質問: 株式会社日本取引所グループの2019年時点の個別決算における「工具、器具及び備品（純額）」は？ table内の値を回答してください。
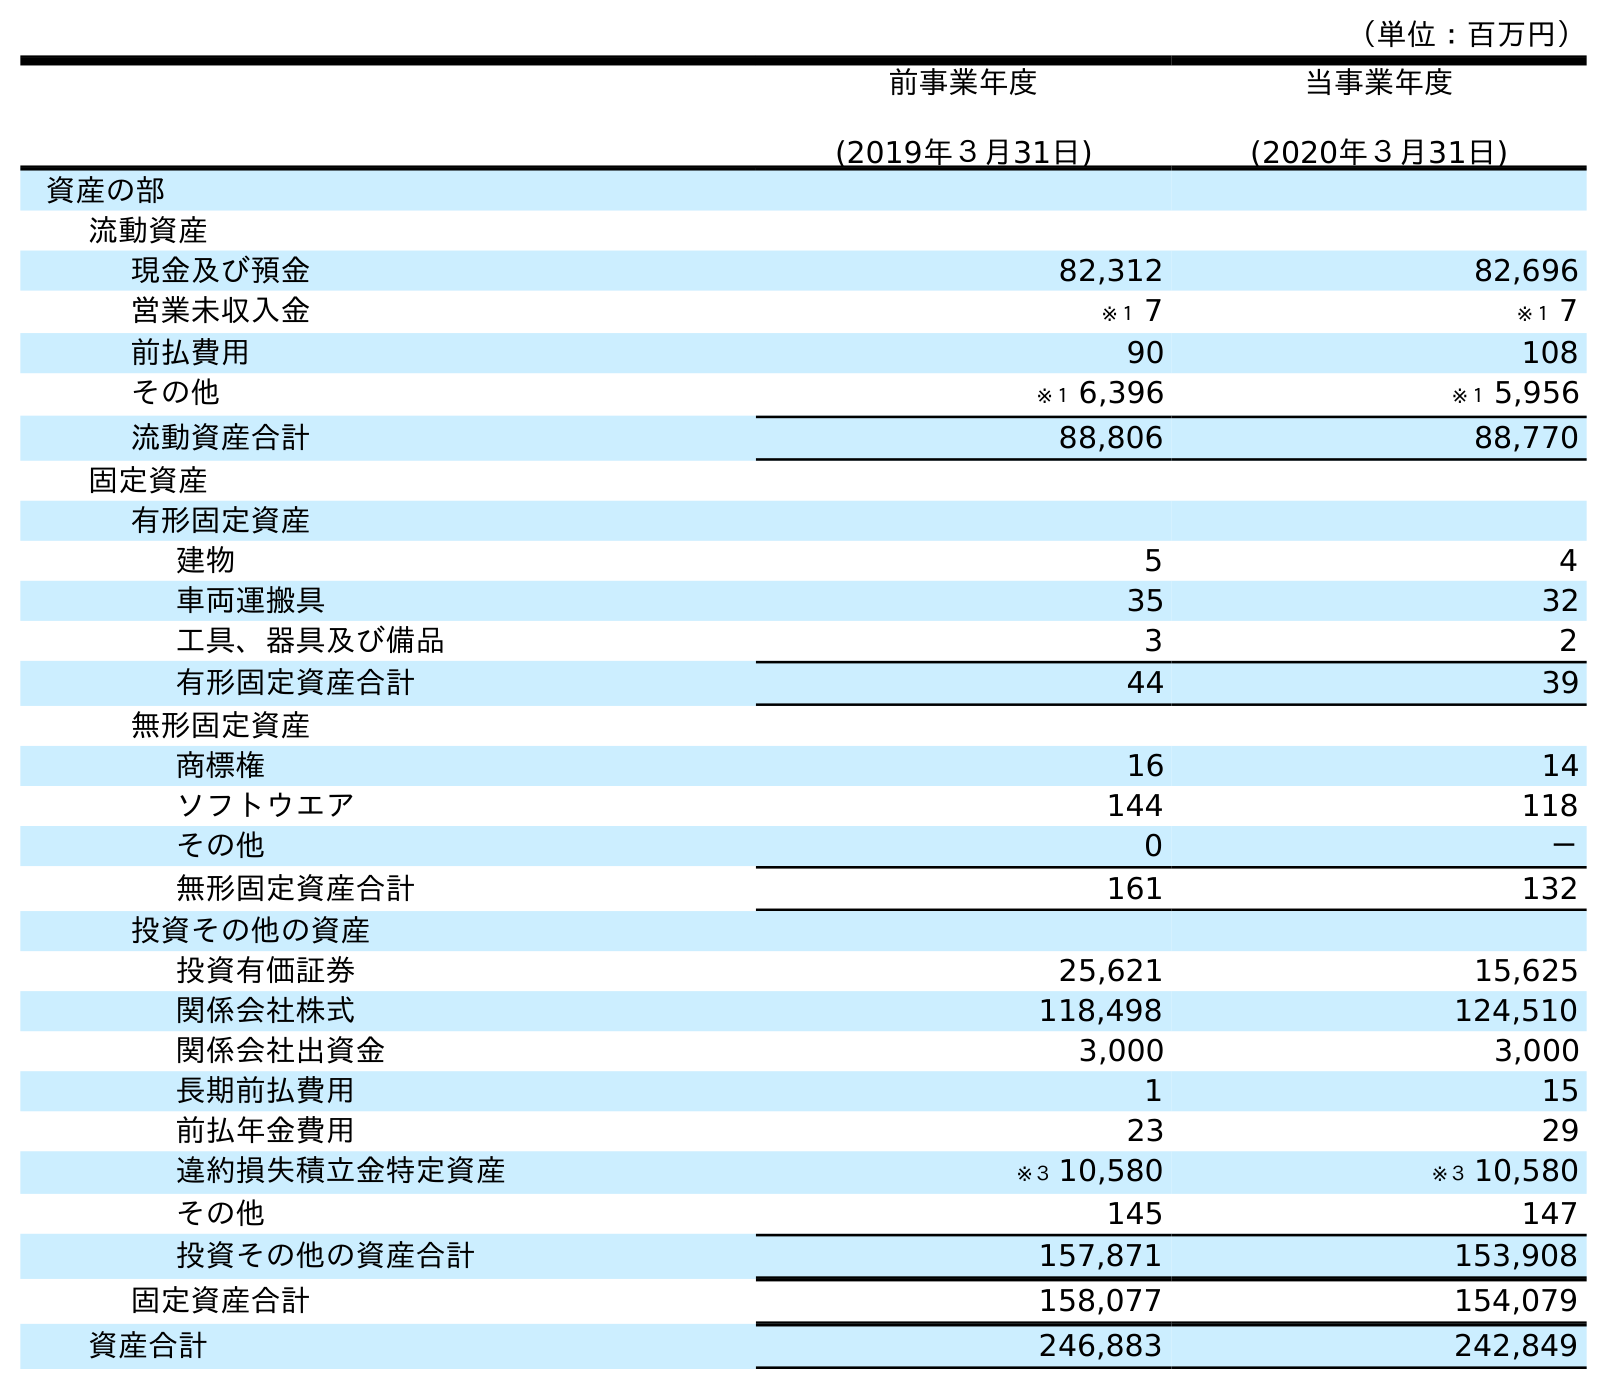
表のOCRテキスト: （単位：百万円） 前事業年度 (2019年３月31日) 当事業年度 (2020年３月31日) 資産の部 流動資産 現金及び預金 82,312 82,696 営業未収入金 ※１ 7 ※１ 7 前払費用 90 108 その他 ※１ 6,396 ※１ 5,956 流動資産合計 88,806 88,770 固定資産 有形固定資産 建物 5 4 車両運搬具 35 32 工具、器具及び備品 3 2 有形固定資産合計 44 39 無形固定資産 商標権 16 14 ソフトウエア 144 118 その他 0 － 無形固定資産合計 161 132 投資その他の資産 投資有価証券 25,621 15,625 関係会社株式 118,498 124,510 関係会社出資金 3,000 3,000 長期前払費用 1 15 前払年金費用 23 29 違約損失積立金特定資産 ※３ 10,580 ※３ 10,580 その他 145 147 投資その他の資産合計 157,871 153,908 固定資産合計 158,077 154,079 資産合計 246,883 242,849
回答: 3